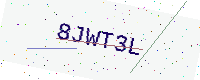
Text: 8JWT3L